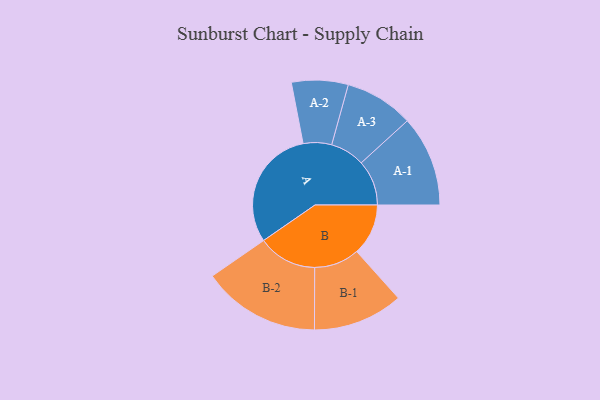
{"axis": {"x": "Segment", "y": "Value"}, "legend": ["", "A", "B"], "data": [{"x": "A", "y": 456, "type": ""}, {"x": "B", "y": 193, "type": ""}, {"x": "A-1", "y": 170, "type": "A"}, {"x": "A-2", "y": 106, "type": "A"}, {"x": "A-3", "y": 129, "type": "A"}, {"x": "B-1", "y": 169, "type": "B"}, {"x": "B-2", "y": 221, "type": "B"}]}